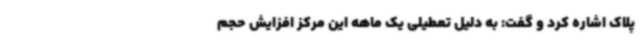
پلاک اشاره کرد و گفت: به دلیل تعطیلی یک ماهه این مرکز افزایش حجم